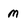
Character: m